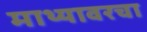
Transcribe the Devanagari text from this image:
माथ्यावरचा